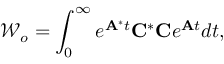
\mathcal { W } _ { o } = \int _ { 0 } ^ { \infty } e ^ { \mathbf { A } ^ { * } t } \mathbf { C } ^ { * } \mathbf { C } e ^ { \mathbf { A } t } d t ,